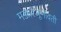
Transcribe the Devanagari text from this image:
मज्जारजूभोवती